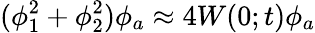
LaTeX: (\phi_{1}^{2}+\phi_{2}^{2})\phi_{a}\approx 4W(0;t)\phi_{a}